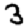
Digit: 3